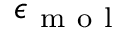
\epsilon _ { \mathrm { ~ m ~ o ~ l ~ } }